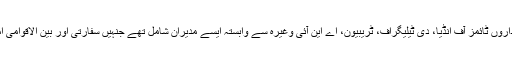
وفد میں بھارت کے میڈیا اداروں ٹائمز آف انڈیا، دی ٹیلیگراف، ٹریبیون، اے این آئی وغیرہ سے وابستہ ایسے مدیران شامل تھے جنہیں سفارتی اور بین الاقوامی امور پر دسترس حاصل ہے۔